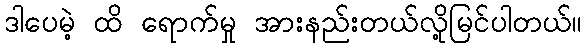
ဒါပေမဲ့ ထိ ရောက်မှု အားနည်းတယ်လို့မြင်ပါတယ်။